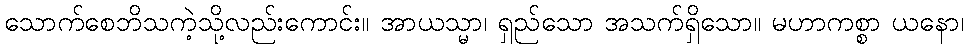
သောက်စေဘိသကဲ့သို့လည်းကောင်း။ အာယသ္မာ၊ ရှည်သော အသက်ရှိသော။ မဟာကစ္စာ ယနော၊